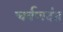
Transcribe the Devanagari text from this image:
चर्वणदंत